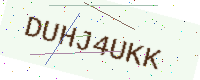
Text: DUHJ4UKK